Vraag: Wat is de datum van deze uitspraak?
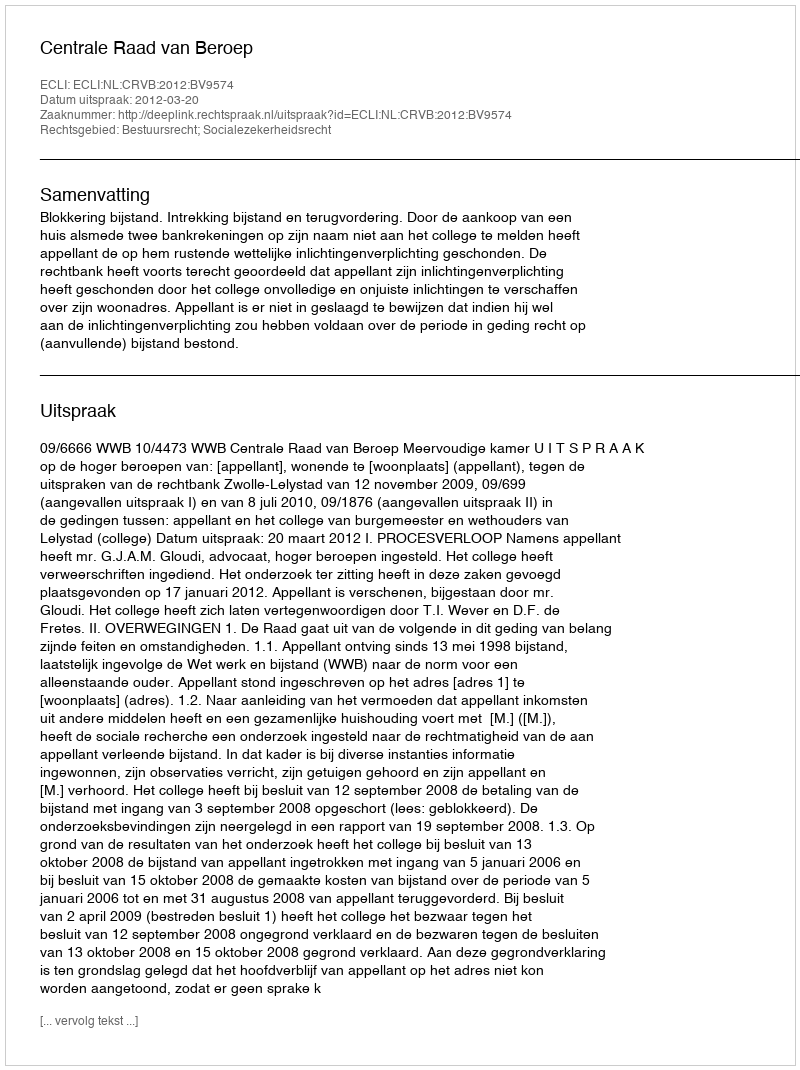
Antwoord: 2012-03-20